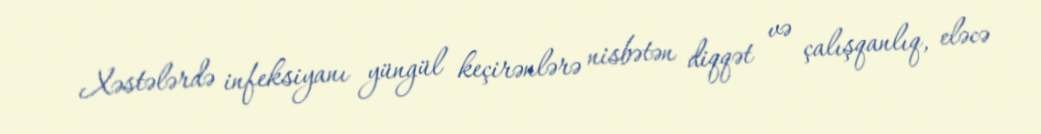
Xəstələrdə infeksiyanı yüngül keçirənlərə nisbətən diqqət və çalışqanlıq, eləcə